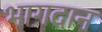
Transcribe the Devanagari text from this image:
भागदान